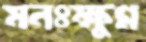
মনঃক্ষুণ্ণ